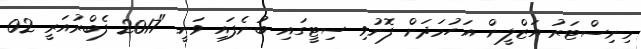
މިނިސްޓަރު އަޒްލީން އަހުމަދަށް ފޮނުވި ސިޓީގައި ބުނެފައި ވަނީ "2017 ފެބްރުއަރީ 02